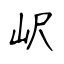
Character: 𡵸